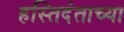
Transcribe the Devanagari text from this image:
हस्तिदंताच्या